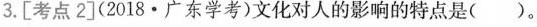
3.[考点2](2018·广东学考)文化对人的影响的特点是()。